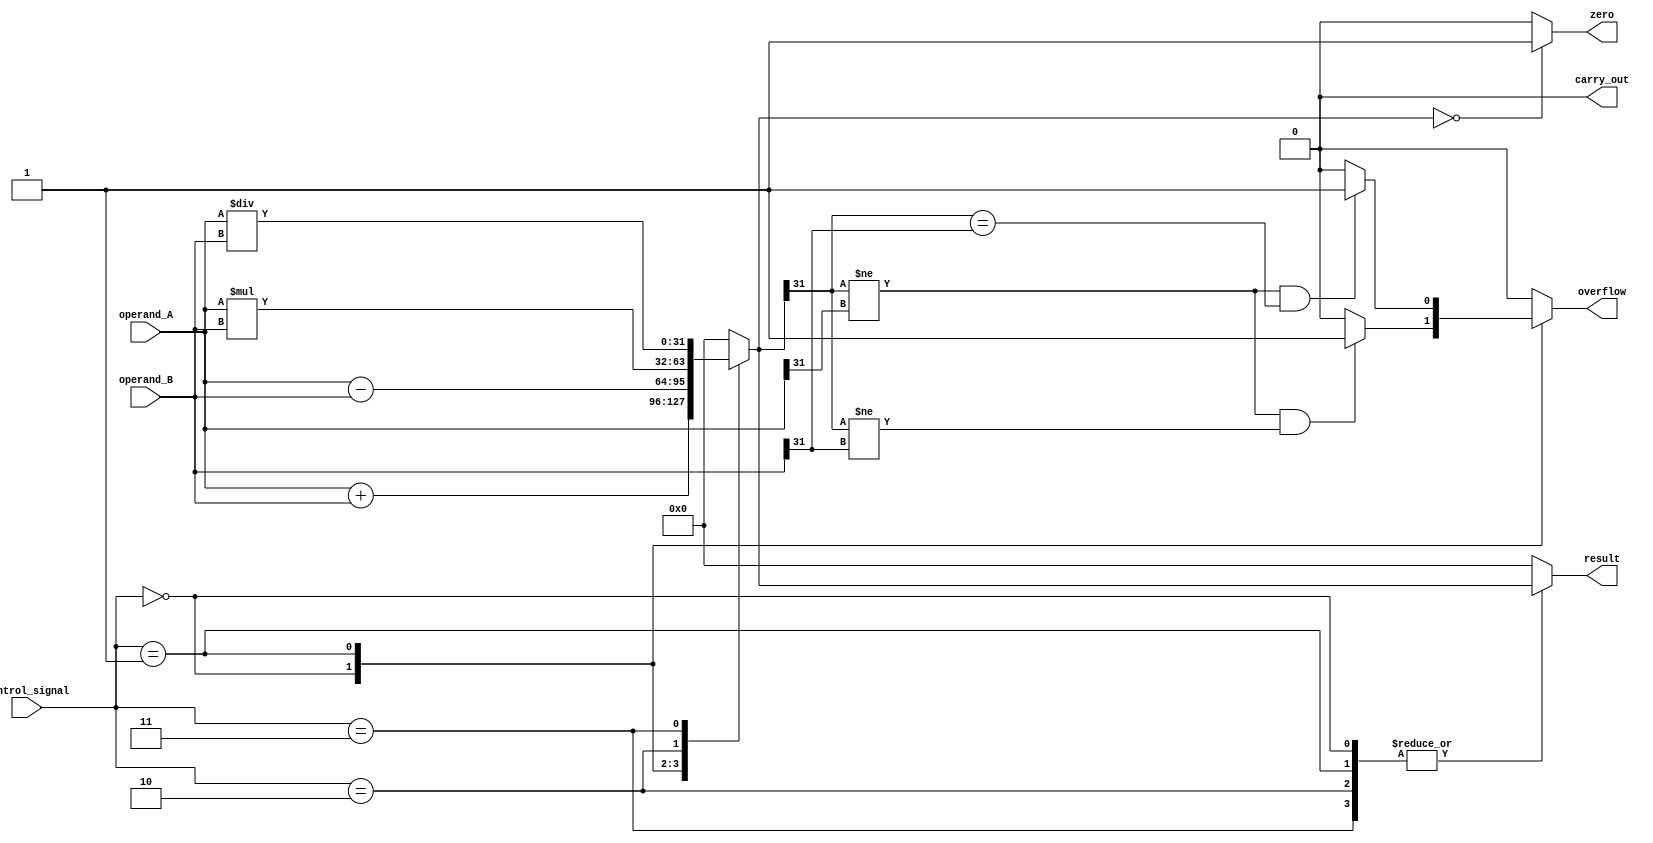
module ALU(input [31:0] operand_A, input [31:0] operand_B, input [3:0] control_signal,
           output reg [31:0] result, output reg carry_out, output reg overflow, output reg zero);

   // adder module
   reg [31:0] sum;
   always @(*)
   begin
      case(control_signal)
         4'b0000: sum = operand_A + operand_B; // addition operation
         4'b0001: sum = operand_A - operand_B; // subtraction operation
         4'b0010: sum = operand_A * operand_B; // multiplication operation
         4'b0011: sum = operand_A / operand_B; // division operation
         default: sum = 32'h0; // default case
      endcase
   end

   // carry_out flag
   always @(*)
   begin
      case(control_signal)
         4'b0000: carry_out = (sum[32] == 1) ? 1'b1 : 1'b0; // carry out flag for addition
         4'b0001: carry_out = (sum[32] == 1) ? 1'b1 : 1'b0; // carry out flag for subtraction
         default: carry_out = 1'b0; // default case
      endcase
   end

   // overflow flag
   always @(*)
   begin
      case(control_signal)
         4'b0000: overflow = (sum[31] != operand_A[31] && sum[31] != operand_B[31]) ? 1'b1 : 1'b0; // overflow flag for addition
         4'b0001: overflow = (sum[31] != operand_A[31] && sum[31] == operand_B[31]) ? 1'b1 : 1'b0; // overflow flag for subtraction
         default: overflow = 1'b0; // default case
      endcase
   end

   // zero flag
   always @(*)
   begin
      zero = (sum == 32'h0) ? 1'b1 : 1'b0; // zero flag
   end

   // assign result based on selected operation
   always @(*)
   begin
      case(control_signal)
         4'b0000, 4'b0001, 4'b0010, 4'b0011: result = sum;
         default: result = 32'h0; // default case
      endcase
   end

endmodule